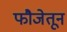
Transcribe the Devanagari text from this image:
फौजेतून